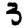
Digit: 3